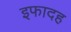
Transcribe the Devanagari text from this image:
इफादह